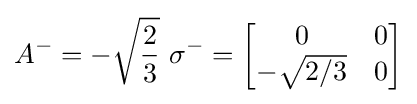
A^{-}=-{\sqrt {\frac {2}{3}}}\ \sigma ^{-}={\begin{bmatrix}0&0\\-{\sqrt {2/3}}&0\end{bmatrix}}